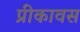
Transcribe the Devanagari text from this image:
प्रीकावस